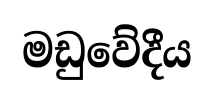
මඩුවේදීය